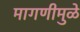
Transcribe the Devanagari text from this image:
मागणीमुळे